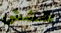
ششش